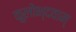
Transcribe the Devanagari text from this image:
कुलोभ्दवाम्